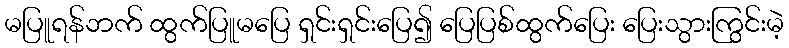
မပြူရန်ဘက် ထွက်ပြူမပြေ ရှင်းရှင်းပြေ၍ ပြေပြစ်ထွက်ပြေး ပြေးသွားကြွင်းမဲ့